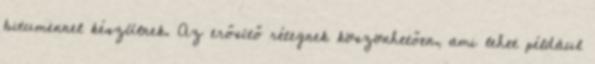
bitumennel készülnek. Az erősítő rétegnek köszönhetően, ami lehet például